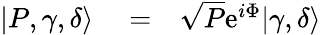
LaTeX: \begin{array}{rlr}{|P,\gamma,\delta\rangle}&{{}=}&{\sqrt{P}\mathrm{e}^{i\Phi}|\gamma,\delta\rangle}\end{array}